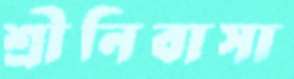
শ্রীনিবাসা